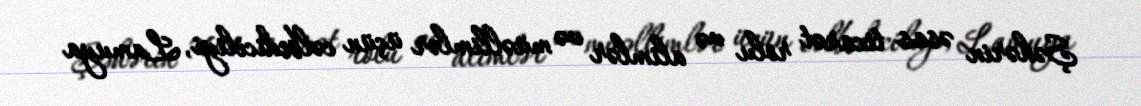
Şəhərin əsas ticarət rolu və alimlər və müəllimlər üçün cəlbediciliyi, Lamuya